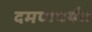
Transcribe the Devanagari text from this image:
दमणपर्यंत